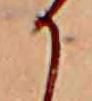
か